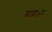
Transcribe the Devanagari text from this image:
बाहतर